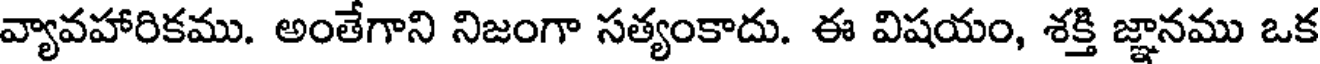
వ్యావహారికము. అంతేగాని నిజంగా సత్యంకాదు. ఈ విషయం, శక్తి జ్ఞానము ఒక